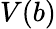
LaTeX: V(b)